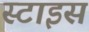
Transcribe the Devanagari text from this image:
स्टाइस